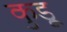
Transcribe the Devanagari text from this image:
कुडू